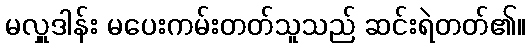
မလှူဒါန်း မပေးကမ်းတတ်သူသည် ဆင်းရဲတတ်၏။